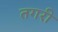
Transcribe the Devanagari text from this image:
तगरी